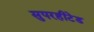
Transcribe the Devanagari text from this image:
सुपरहीटेड